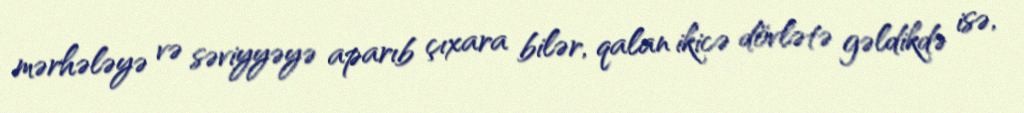
mərhələyə və səviyyəyə aparıb çıxara bilər, qalan ikicə dövlətə gəldikdə isə,